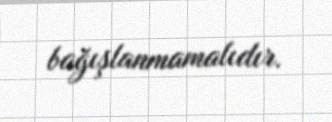
bağışlanmamalıdır.